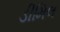
ડીમિલ